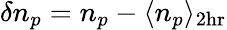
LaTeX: \delta n_{p}=n_{p}-\langle n_{p}\rangle_{2\mathrm{hr}}